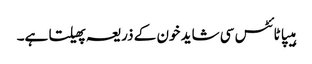
ہیپاٹائٹس سی شاید خون کے ذریعہ پھیلتا ہے۔